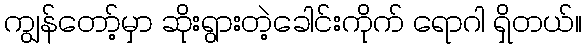
ကျွန်တော့်မှာ ဆိုးရွားတဲ့ခေါင်းကိုက် ရောဂါ ရှိတယ်။